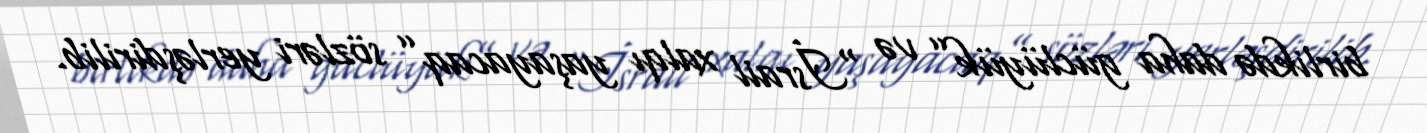
birlikdə daha güclüyük” və “İsrail xalqı yaşayacaq” sözləri yerləşdirilib.